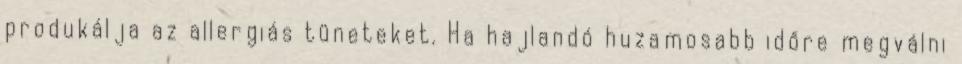
produkálja az allergiás tüneteket. Ha hajlandó huzamosabb időre megválni